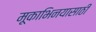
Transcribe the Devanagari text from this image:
मूकाभिनयासाठी